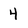
Character: 4